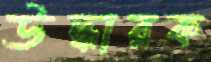
উদ্ধারক